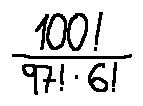
\frac { 1 0 0 ! } { 9 7 ! \cdot 6 ! }